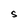
Character: S